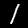
Digit: 1